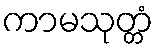
ကာမသုတ္တံ